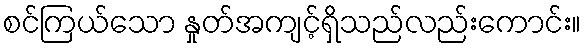
စင်ကြယ်သော နှုတ်အကျင့်ရှိသည်လည်းကောင်း။